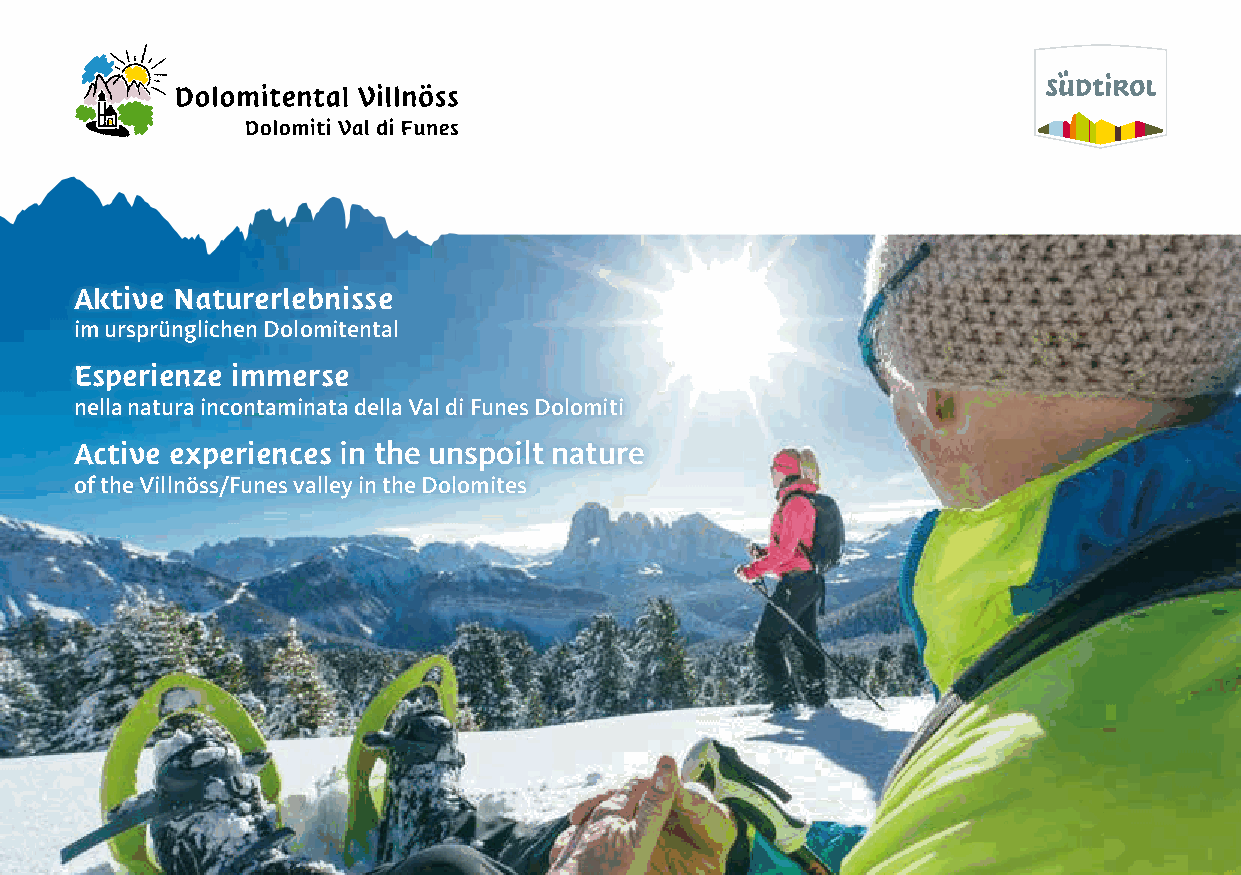
Aktive Naturerlebnisse
 im ursprünglichen Dolomitental
 Esperienze immerse
 nella natura incontaminata della Val di Funes Dolomiti
 Active experiences in the unspoilt nature
 of the Villnöss/Funes valley in the Dolomites